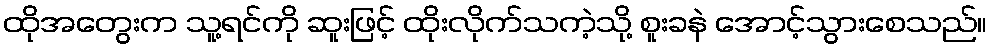
ထိုအတွေးက သူ့ရင်ကို ဆူးဖြင့် ထိုးလိုက်သကဲ့သို့ စူးခနဲ အောင့်သွားစေသည်။